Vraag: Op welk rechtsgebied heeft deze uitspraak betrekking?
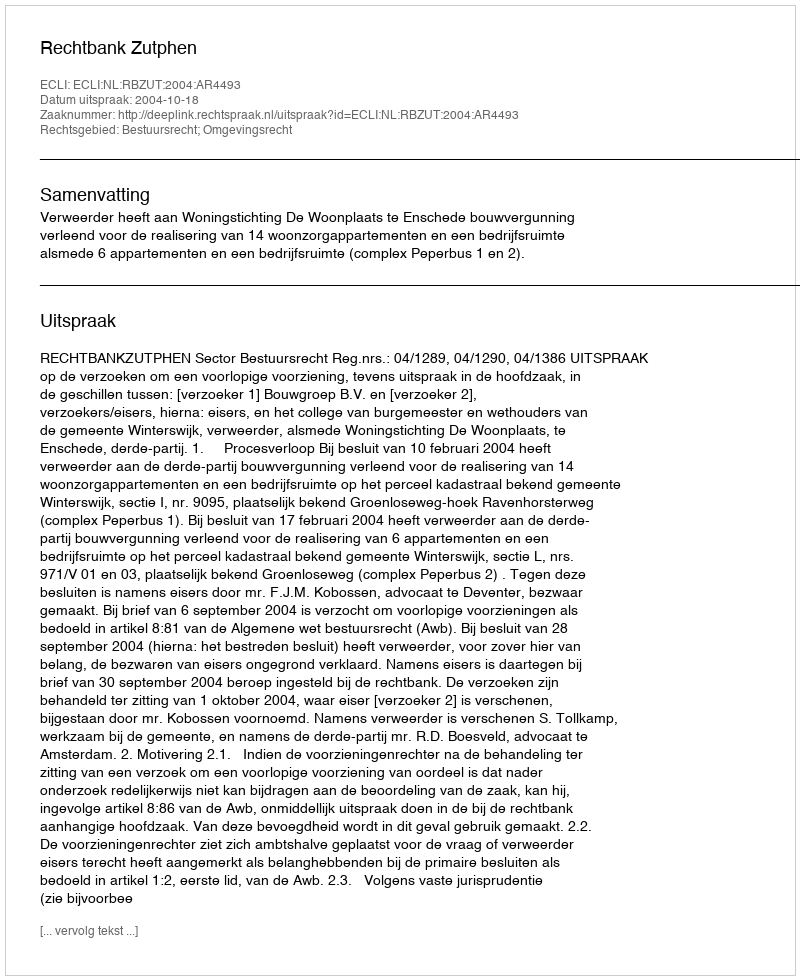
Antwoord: Bestuursrecht; Omgevingsrecht